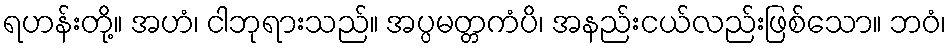
ရဟန်းတို့။ အဟံ၊ ငါဘုရားသည်။ အပ္ပမတ္တကံပိ၊ အနည်းငယ်လည်းဖြစ်သော။ ဘဝံ၊